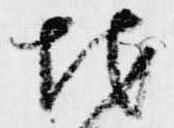
地